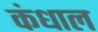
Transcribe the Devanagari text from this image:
कंधाल